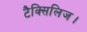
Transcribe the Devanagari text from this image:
टैक्सिलिज।